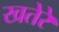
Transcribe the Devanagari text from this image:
खतेरे